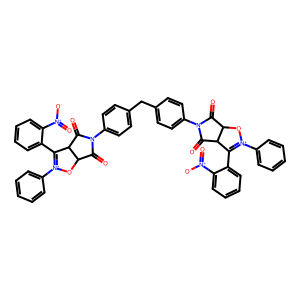
SMILES: O=C1C2O[N+](c3ccccc3)=C(c3ccccc3[N+](=O)[O-])C2C(=O)N1c1ccc(Cc2ccc(N3C(=O)C4O[N+](c5ccccc5)=C(c5ccccc5[N+](=O)[O-])C4C3=O)cc2)cc1
Inhibits HIV replication: No